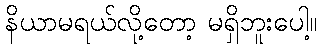
နိယာမရယ်လို့တော့ မရှိဘူးပေါ့။